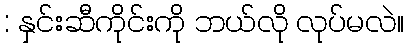
: နှင်းဆီကိုင်းကို ဘယ်လို လုပ်မလဲ။